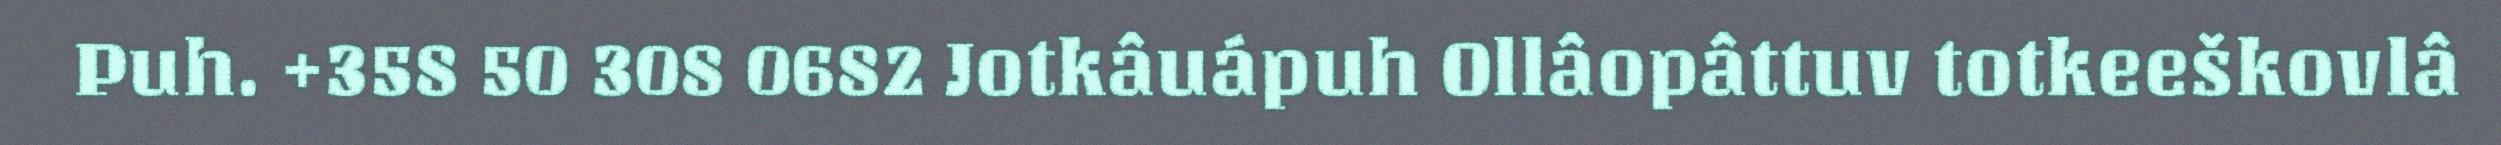
Puh. +358 50 308 0682 Jotkâuápuh Ollâopâttuv totkeeškovlâ